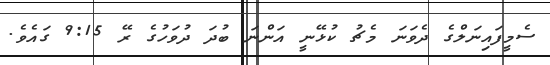
ސެމީފައިނަލްގެ ދެވަނަ މެޗު ކުޅޭނީ އަންނަ ބުދަ ދުވަހުގެ ރޭ 9:15 ގައެވެ.